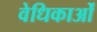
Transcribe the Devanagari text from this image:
वेधिकाओं